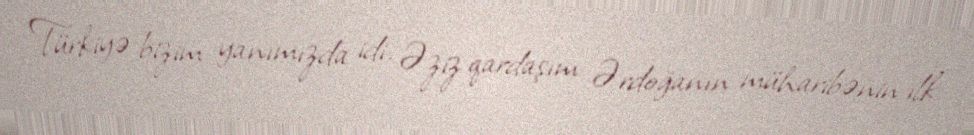
Türkiyə bizim yanımızda idi. Əziz qardaşım Ərdoğanın müharibənin ilk